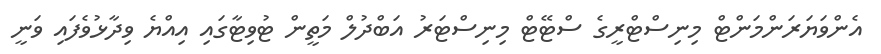
އެންވަޔަރަންމަންޓް މިނިސްޓްރީގެ ސްޓޭޓް މިނިސްޓަރު އަބްދުލް މަތީން ޓުވިޓާގައި އިއްޔެ ވިދާޅުވެފައި ވަނީ